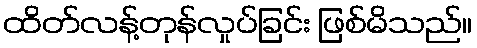
ထိတ်လန့်တုန်လှုပ်ခြင်း ဖြစ်မိသည်။